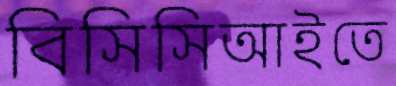
বিসিসিআইতে